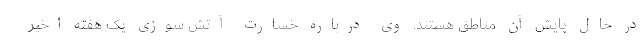
در حال پایش آن مناطق هستند. وی درباره خسارت‌ آتش سوزی یک هفته اخیر